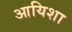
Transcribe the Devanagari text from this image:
आयिशा